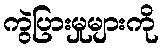
ကွဲပြားမှုများကို